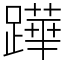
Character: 𨅯